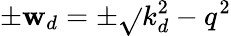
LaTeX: \pm\mathbf{w}_{d}=\pm\sqrt{}{{k_{d}^{2}-q^{2}}}